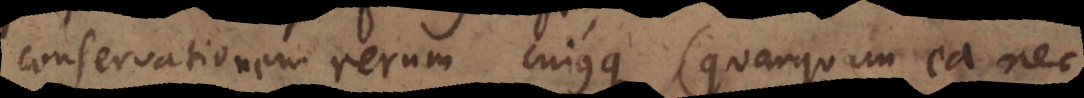
conservationem rerum cujusque (quamquam ea nec